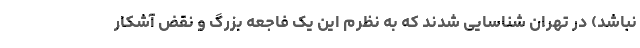
نباشد) در تهران شناسایی شدند که به نظرم این یک فاجعه بزرگ و نقض آشکار